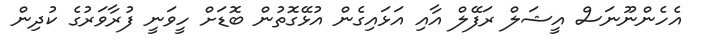
އެހެންނޫނަސް އީޝަލް ރަފޭލް އާއި އަޅައިގެން އުޅޭގޮތުން ބޮޑަށް ހީވަނީ ފުރާވަރުގެ ކުދިން